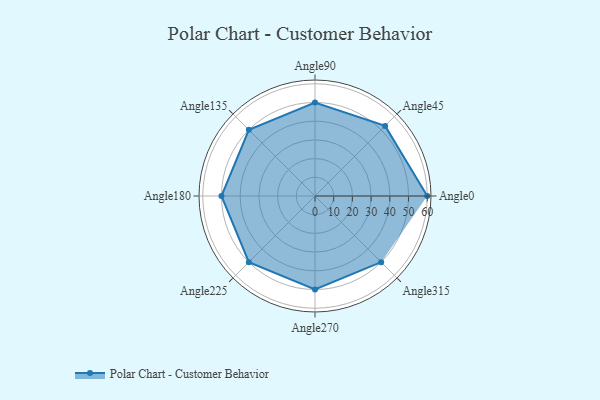
{"axis": {"x": "Angle", "y": "Radius"}, "legend": [""], "data": [{"x": "Angle0", "y": 60.0, "type": ""}, {"x": "Angle45", "y": 53.0, "type": ""}, {"x": "Angle90", "y": 50, "type": ""}, {"x": "Angle135", "y": 50, "type": ""}, {"x": "Angle180", "y": 50, "type": ""}, {"x": "Angle225", "y": 50, "type": ""}, {"x": "Angle270", "y": 50, "type": ""}, {"x": "Angle315", "y": 50, "type": ""}]}